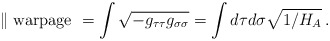
\begin{align*}\parallel {\rm warpage\ } = \int \sqrt{-g_{\tau\tau}g_{\sigma\sigma}} = \int d\tau d\sigma \sqrt{1/H_A} \,.\end{align*}